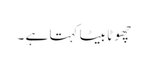
چھو ٹا بیٹا کہتا ہے ۔